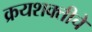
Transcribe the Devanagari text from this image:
क्रयशक्तीचे